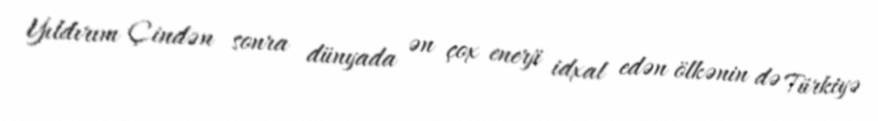
Yıldırım Çindən sonra dünyada ən çox enerji idxal edən ölkənin də Türkiyə